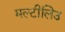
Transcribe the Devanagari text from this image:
मल्टीलिउ